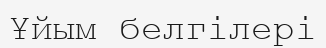
Ұйым белгілері